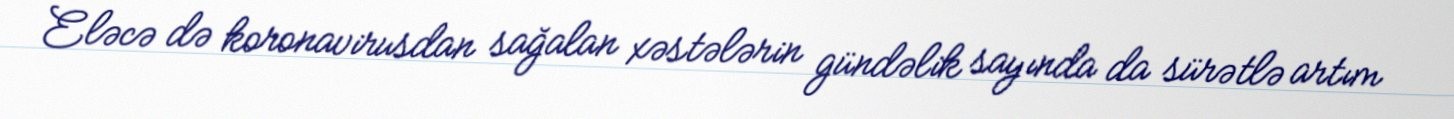
Eləcə də koronavirusdan sağalan xəstələrin gündəlik sayında da sürətlə artım